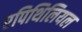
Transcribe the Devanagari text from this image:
एपिथिलियल